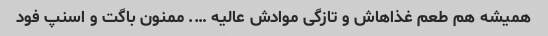
همیشه هم طعم غذاهاش و تازگی موادش عالیه …. ممنون باگت و اسنپ فود